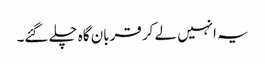
یہ انہیں لے کر قربان گاہ چلے گئے۔